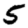
Digit: 5